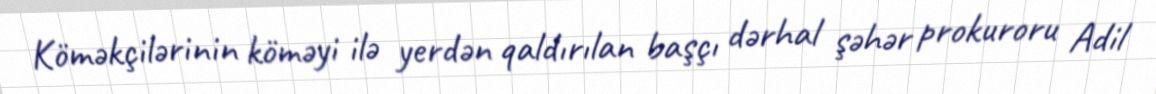
Köməkçilərinin köməyi ilə yerdən qaldırılan başçı dərhal şəhər prokuroru Adil